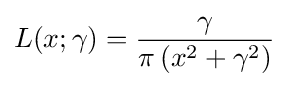
L(x;\gamma )={\frac {\gamma }{\pi \left(x^{2}+\gamma ^{2}\right)}}